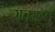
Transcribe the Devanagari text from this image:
राचमल्लु